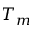
T _ { m }